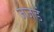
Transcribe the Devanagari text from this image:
जजडं